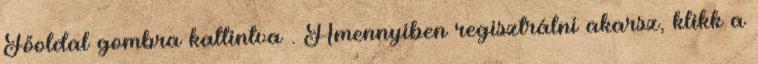
Főoldal gombra kattintva . Amennyiben regisztrálni akarsz, klikk a